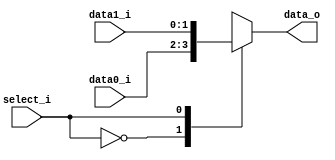
//Subject:     CO project 2 - MUX 221
//--------------------------------------------------------------------------------
//Version:     1
//--------------------------------------------------------------------------------
//Writer:      Luke
//----------------------------------------------
//Date:        
//----------------------------------------------
//Description: 
//--------------------------------------------------------------------------------
`timescale 1ns/1ps
module MUX_2to1(
               data0_i,
               data1_i,
               select_i,
               data_o
               );

parameter size = 0 ;	// ???		   
			
//I/O ports               
input   [size-1:0] data0_i;          
input   [size-1:0] data1_i;
input              select_i;
output  [size-1:0] data_o; 

//Internal Signals
reg     [size-1:0] data_o;

//Main function
always @(*) begin
    case(select_i)
        0: data_o <= data0_i;
        1: data_o <= data1_i;
    endcase
end
endmodule